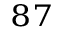
^ { 8 7 }